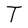
Character: T